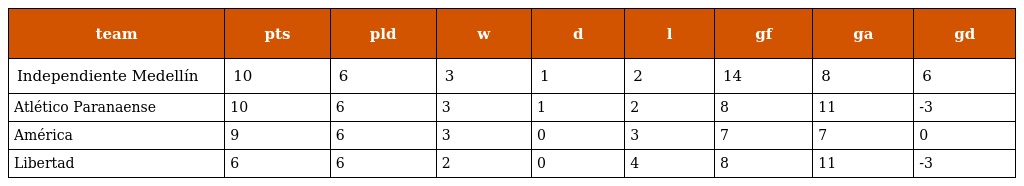
| team | pts | pld | w | d | l | gf | ga | gd |
 | --- | --- | --- | --- | --- | --- | --- | --- | --- |
 | Independiente Medellín | 10 | 6 | 3 | 1 | 2 | 14 | 8 | 6 |
 | Atlético Paranaense | 10 | 6 | 3 | 1 | 2 | 8 | 11 | -3 |
 | América | 9 | 6 | 3 | 0 | 3 | 7 | 7 | 0 |
 | Libertad | 6 | 6 | 2 | 0 | 4 | 8 | 11 | -3 |